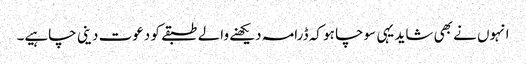
انہوں نے بھی شاید یہی سوچا ہو کہ ڈرامہ دیکھنے والے طبقے کو دعوت دینی چاہیے۔